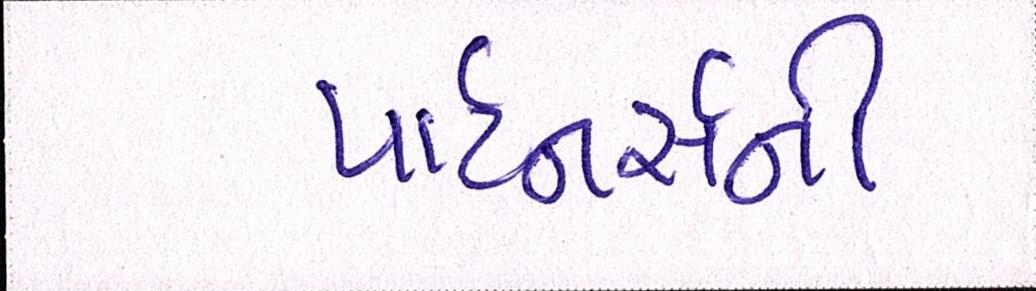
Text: પાર્ટનર્સની